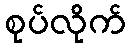
စုပ်လိုက်